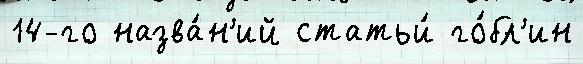
14-го назва́н'ий статьи́ го́бл'ин